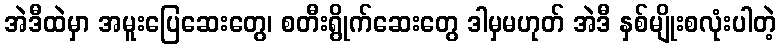
အဲဒီထဲမှာ အမူးပြေဆေးတွေ၊ စတီးရွိုက်ဆေးတွေ ဒါမှမဟုတ် အဲဒီ နှစ်မျိုးစလုံးပါတဲ့